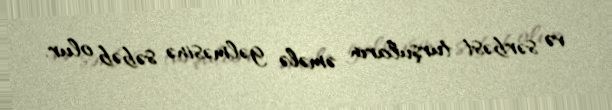
və sərbəst turşuların əmələ gəlməsinə səbəb olur.